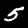
Digit: 5